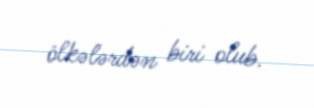
ölkələrdən biri olub.